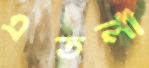
এতলা